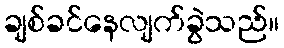
ချစ်ခင်နေလျက်ခွဲသည်။